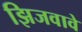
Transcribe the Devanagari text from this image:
झिजवावे